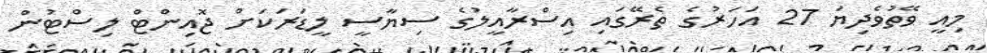
މިއީ ވޭތުވެދިޔަ 27 އަހަރުގެ ތެރޭގައި އިސްރާއީލުގެ ސިޔާސީ ލީޑަރަކަށް ޖޮއިންޓް ލިސްޓުން